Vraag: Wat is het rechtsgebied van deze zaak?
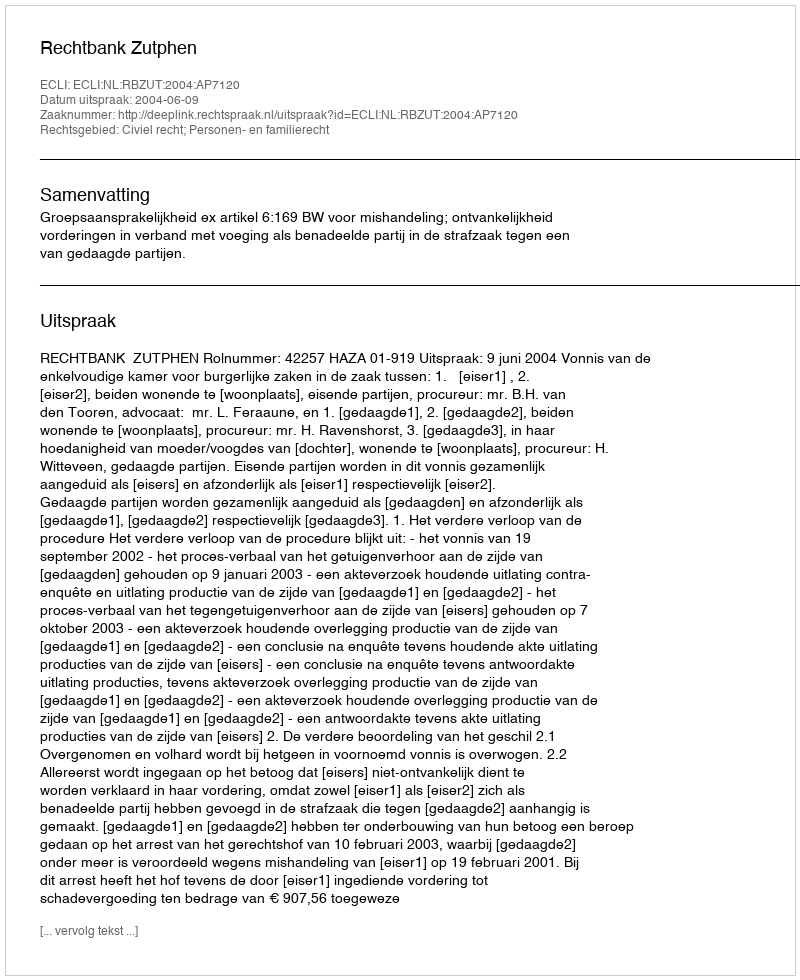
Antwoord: Civiel recht; Personen- en familierecht